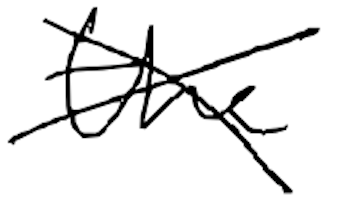
Text: the
Cross-out: cross
Writing tool: digital_black